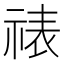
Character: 𬒾